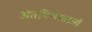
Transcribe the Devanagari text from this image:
अंतनिर्भरताओं